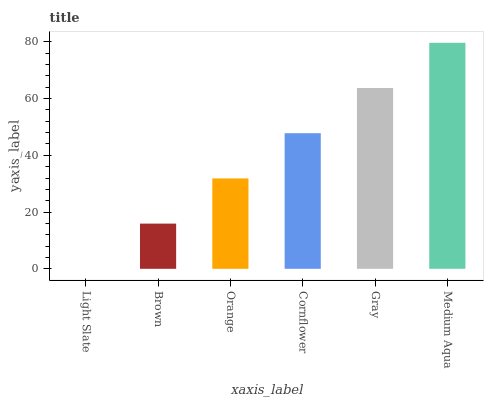
| xaxis_label | bars |
 | --- | --- |
 | Light Slate | 0 |
 | Brown | 15.9 |
 | Orange | 31.9 |
 | Cornflower | 47.8 |
 | Gray | 63.7 |
 | Medium Aqua | 79.7 |